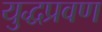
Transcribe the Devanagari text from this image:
युद्धप्रवण